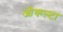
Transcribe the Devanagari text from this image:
ओकल्टा